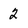
Character: 2